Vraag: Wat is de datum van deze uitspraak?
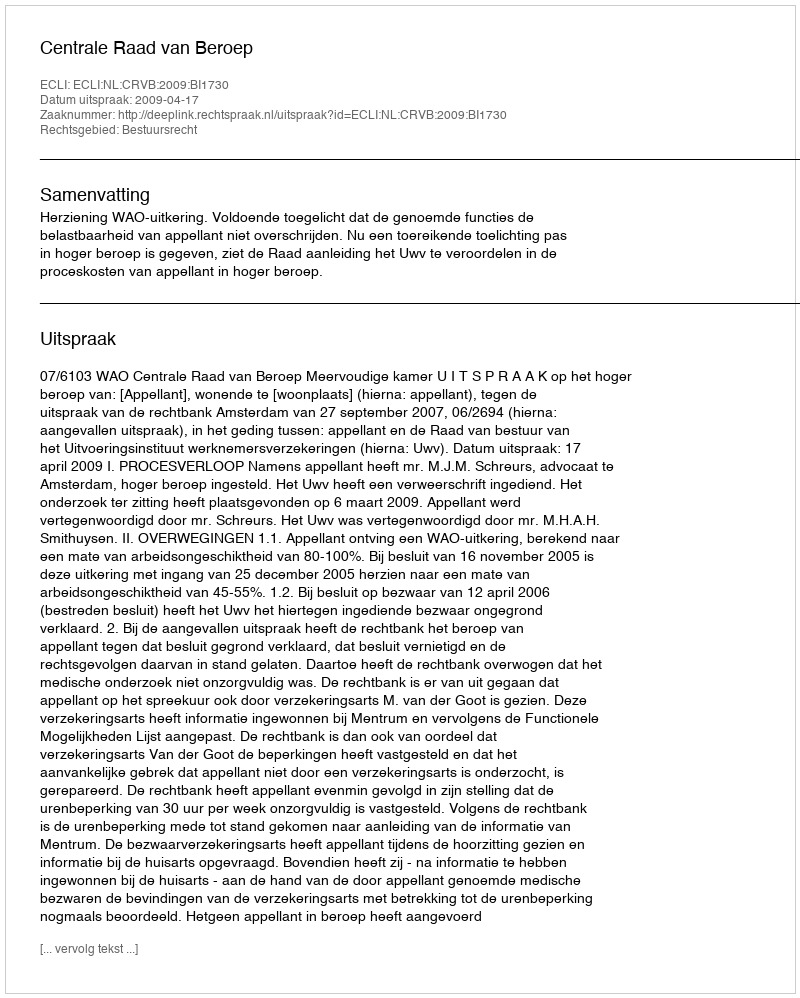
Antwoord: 2009-04-17